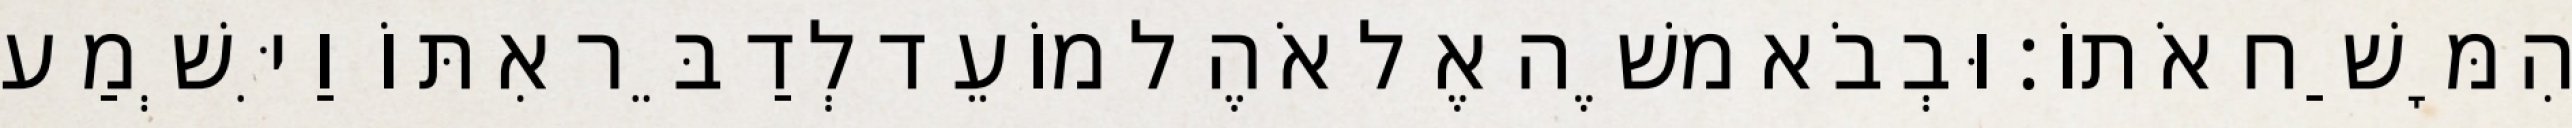
הִמָּשַׁח אֹתוֹ׃ וּבְבֹא משֶׁה אֶל אֹהֶל מוֹעֵד לְדַבֵּר אִתּוֹ וַיִּשְׁמַע